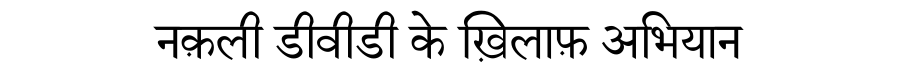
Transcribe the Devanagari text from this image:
नक़ली डीवीडी के ख़िलाफ़ अभियान